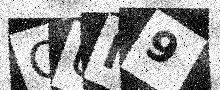
Text: OUM9